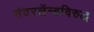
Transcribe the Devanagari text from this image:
संदरलॅन्डविरुद्ध